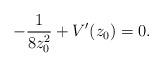
LaTeX: \begin{align*}- \frac{1}{8z^2_0} + V^{\prime}(z_0) = 0.\end{align*}